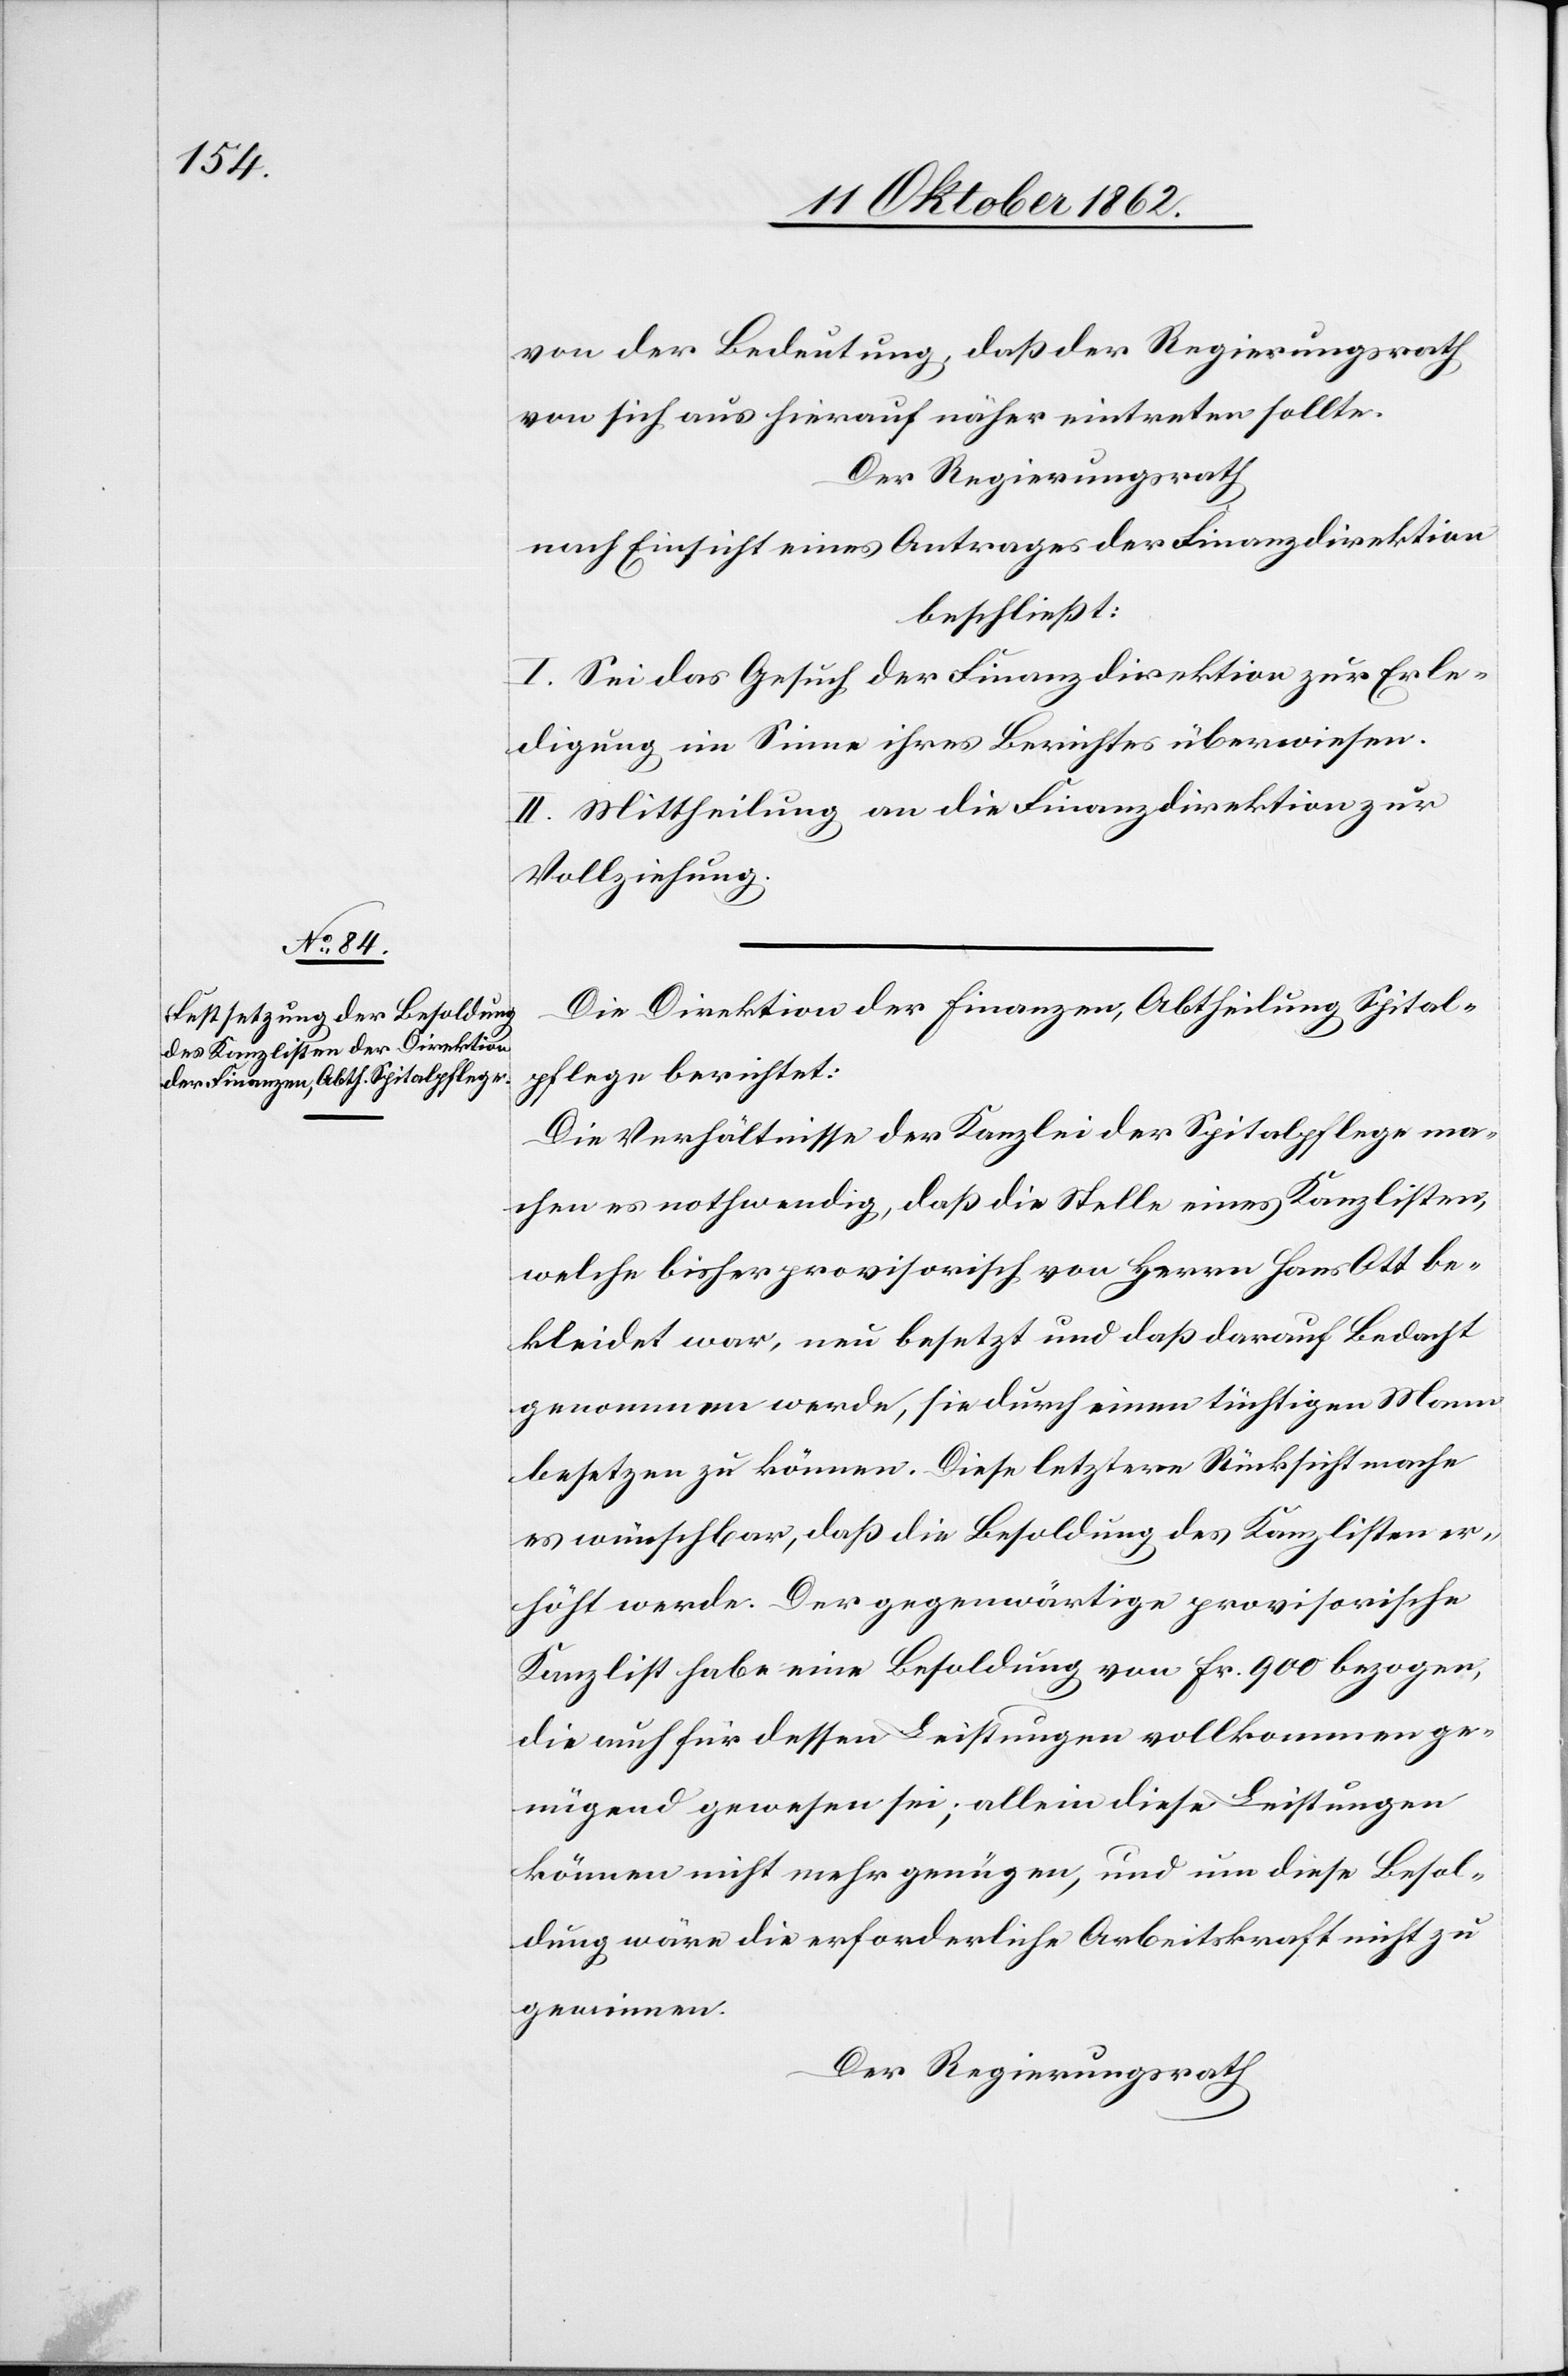
von der Bedeutung, daß der Regierungsrath
von sich aus hierauf näher eintreten sollte.
Der Regierungsrath
nach Einsicht eines Antrages der Finanzdirektion
beschließt:
I. Sei das Gesuch der Finanzdirektion zur Erle¬
digung im Sinne ihres Berichtes überwiesen.
II. Mittheilung an die Finanzdirektion zur
Vollziehung.
Die Direktion der Finanzen, Abtheilung Spital¬
pflege berichtet:
Die Verhältnisse der Kanzlei der Spitalpflege ma¬
chen es nothwendig, daß die Stelle eines Kanzlisten,
welche bisher provisorisch von Herrn Hans Ott be¬
kleidet war, neu besetzt und daß darauf Bedacht
genommen werde, sie durch einen tüchtigen Mann
besetzen zu können. Diese letztere Rücksicht mache
es wünschbar, daß die Besoldung des Kanzlisten er¬
höht werde. Der gegenwärtige provisorische
Kanzlist habe eine Besoldung von Fr. 900 bezogen,
die auch für dessen Leistungen vollkommen ge¬
nügend gewesen sei; allein diese Leistungen
können nicht mehr genügen, und um diese Besol¬
dung wäre die erforderliche Arbeitskraft nicht zu
gewinnen.
Der Regierungsrath